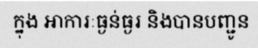
ក្នុង អាការៈធ្ងន់ធ្ងរ និងបានបញ្ជូន